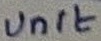
Text: Unit